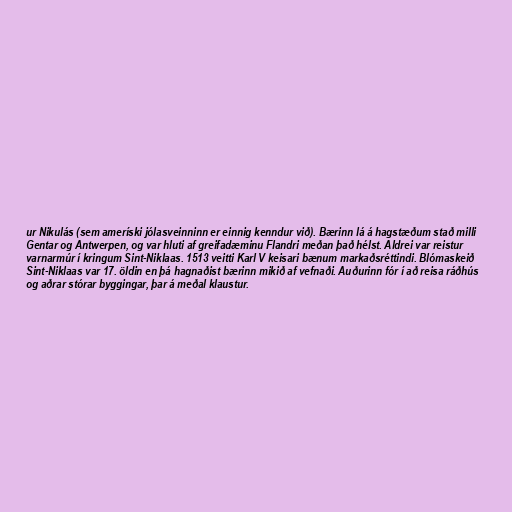
ur Nikulás (sem ameríski jólasveinninn er einnig kenndur við). Bærinn lá á hagstæðum stað milli
Gentar og Antwerpen, og var hluti af greifadæminu Flandri meðan það hélst. Aldrei var reistur
varnarmúr í kringum Sint-Niklaas. 1513 veitti Karl V keisari bænum markaðsréttindi. Blómaskeið
Sint-Niklaas var 17. öldin en þá hagnaðist bærinn mikið af vefnaði. Auðurinn fór í að reisa ráðhús
og aðrar stórar byggingar, þar á meðal klaustur.